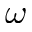
\omega